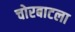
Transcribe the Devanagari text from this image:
चोरबाटला